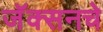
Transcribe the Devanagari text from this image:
जॅक्सनचे